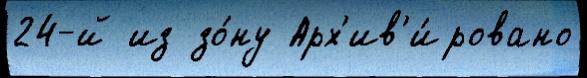
24-й из зо́ну Арх'ив'и́ровано